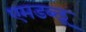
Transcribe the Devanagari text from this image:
एमडब्लू